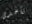
تأخذى